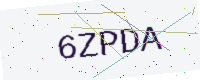
Text: 6ZPDA